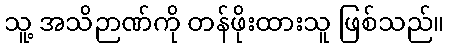
သူ့ အသိဉာဏ်ကို တန်ဖိုးထားသူ ဖြစ်သည်။